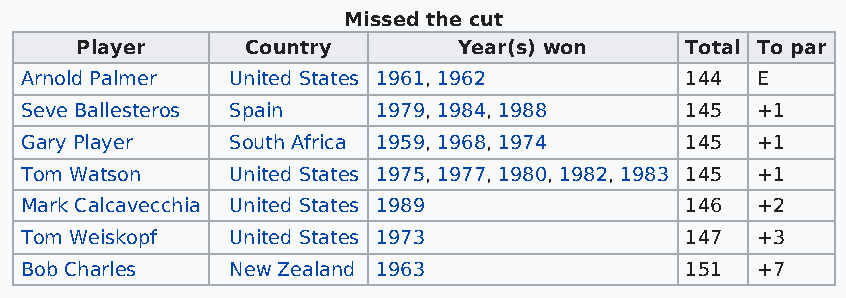
Missed the cut
 Player     Country       Year(s) won    Total To par
 Arnold Palmer United States 1961, 1962      144  E
 Seve Ballesteros Spain  1979, 1984, 1988    145  +1
 Gary Player   South Africa 1959, 1968, 1974 145  +1
 Tom Watson    United States 1975, 1977, 1980, 1982, 1983 145 +1
 Mark Calcavecchia United States 1989        146  +2
 Tom Weiskopf  United States 1973            147  +3
 Bob Charles   New Zealand 1963              151  +7